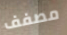
مصفف